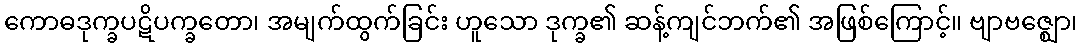
ကောဓဒုက္ခပဋိပက္ခတော၊ အမျက်ထွက်ခြင်း ဟူသော ဒုက္ခ၏ ဆန့်ကျင်ဘက်၏ အဖြစ်ကြောင့်။ ဗျာဗဇ္ဈော၊